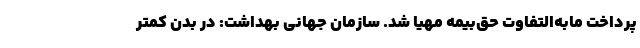
پرداخت مابه‌التفاوت حق‌بیمه مهیا شد. سازمان جهانی بهداشت: در بدن کمتر